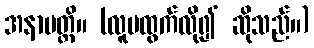
အနာပတ္တိ။ (လူမထွက်လို၍ ဆိုသည်။)